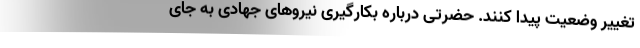
تغییر وضعیت پیدا کنند. حضرتی درباره بکارگیری نیروهای جهادی به جای